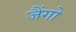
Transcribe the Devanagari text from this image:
जैंगो